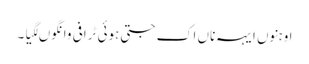
اوہنوں ایہہ ناں اک جتی ہوئی ٹرافی وانگوں لگیا۔